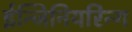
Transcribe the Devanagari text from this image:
ईन्जिनियरिन्ग